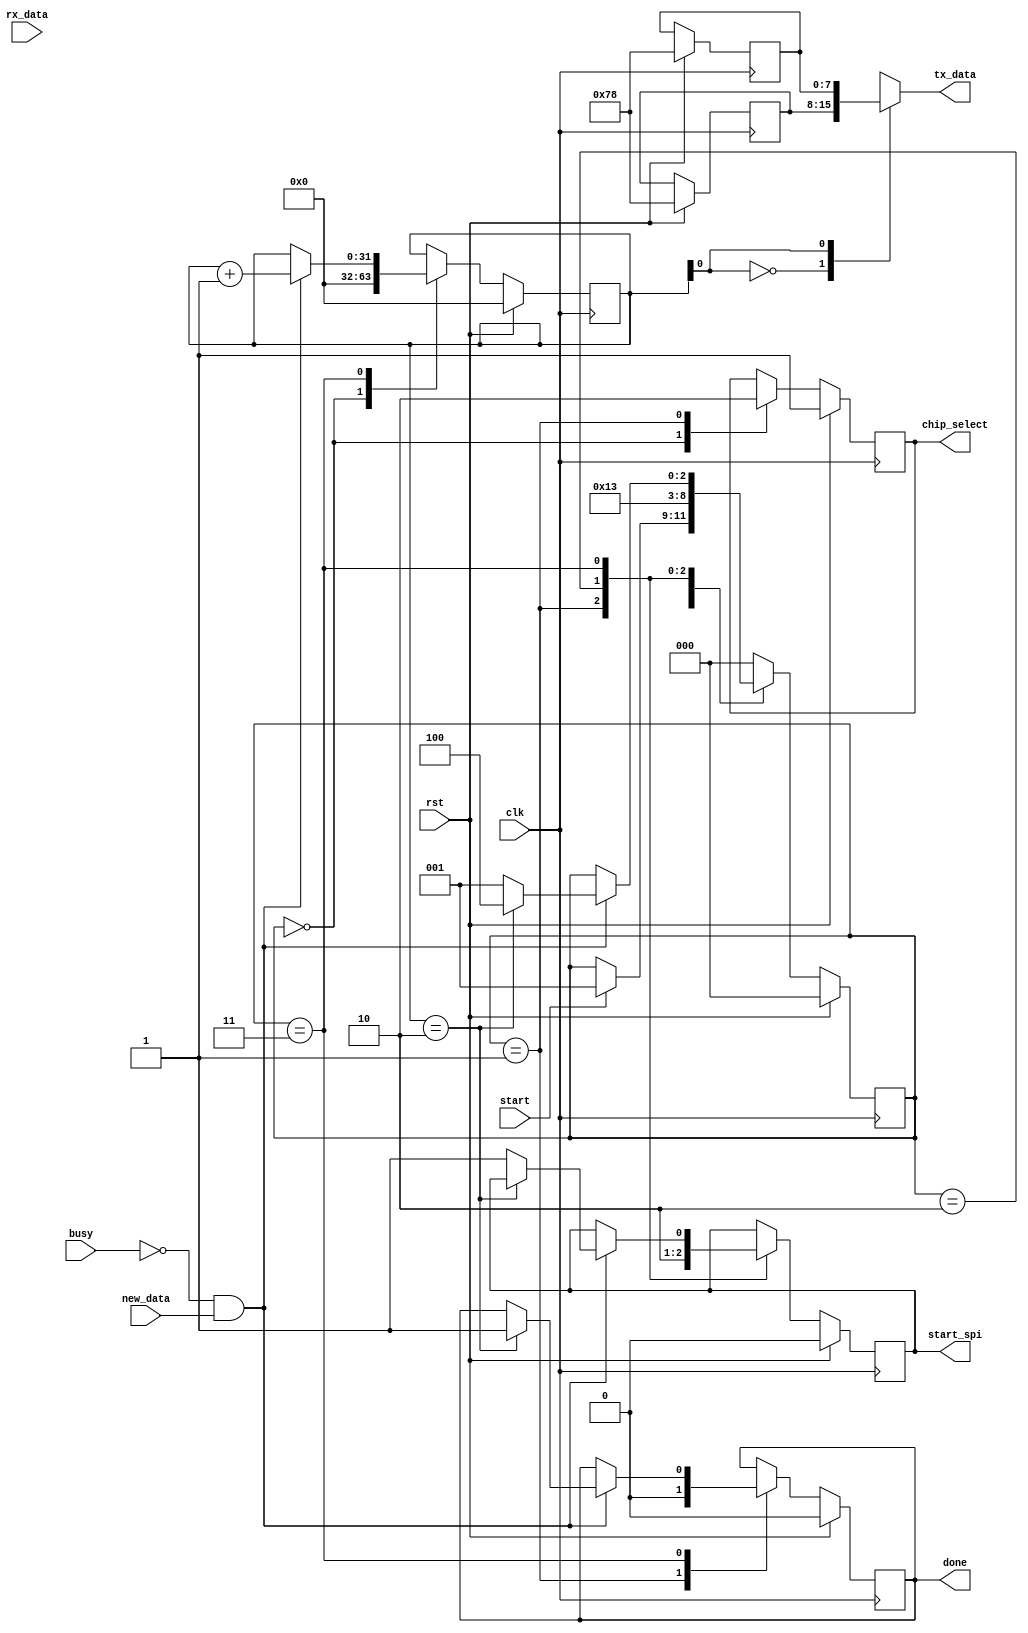
module spi_multi_transfer(
    clk,
    rst,
    start, // high when posedge occurs on button.
    busy,
    new_data,
    tx_data, // wide bus that goes out to SPI
    rx_data, // wide bus that comes back
    start_spi,
    done,
    chip_select
);
parameter TRANSFER_COUNT = 2;

input clk, rst, start, busy, new_data;
input[7:0] rx_data;

output[7:0] tx_data;
output reg start_spi, done, chip_select;

// Send and receive buffers
reg[7:0] tx_table[TRANSFER_COUNT-1:0];
reg[7:0] rx_table[TRANSFER_COUNT-1:0];

// State information
localparam IDLE = 3'd0, STARTING = 3'd1, DELAY = 3'd2,
    RUNNING = 3'd3, DONE = 3'd4;
reg[2:0] state;
reg[31:0] index;

// Dummy and temps
reg i;

always @(posedge clk) begin
    if(rst) begin
        index <= 32'b0;
        state <= IDLE;
        done <= 1'b0;
        start_spi <= 1'b0;
        chip_select <= 1'b1; //Active Low.
        
        rx_table[0] <= 8'b0;
        rx_table[1] <= 8'b0;
        tx_table[0] <= 8'b1111000;
        tx_table[1] <= 8'b1111000;
    end else begin
        case(state)
            IDLE: begin
                index <= 32'b0;
                chip_select <= 1'b1; //Active Low.
                if(start) begin
                    state <= STARTING;
                end
            end
            STARTING: begin
                done <= 1'b0;
                start_spi <= 1'b1;
                chip_select <= 1'b0;
                state <= DELAY;
            end
            DELAY: begin
                state <= RUNNING;
                        start_spi <= 1'b0;
            end
            RUNNING: begin
                if ((!busy) && new_data) begin
                    rx_table[index] <= rx_data;
                    index <= index + 1;
                    if(index == TRANSFER_COUNT) begin
                        done <= 1'b1;
                        state <= DONE;
                    end else begin
                        state <= STARTING;
                        start_spi <= 1'b1;
                    end
                end
            end
            DONE: begin
                state <= IDLE;
            end
            default: begin
                state <= IDLE;
            end
        endcase
    end
end

assign tx_data = tx_table[index];

endmodule